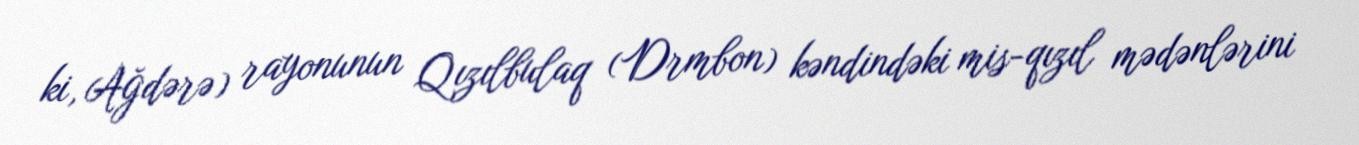
ki, Ağdərə) rayonunun Qızılbulaq (Drmbon) kəndindəki mis-qızıl mədənlərini